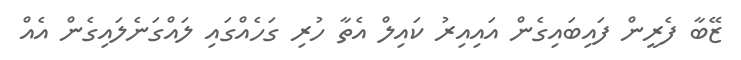
ޒޭބާ ފެރީން ފައިބައިގެން އައިއިރު ކައިލް އެތާ ހުރި ގަހެއްގައި ލައްގަނެލައިގެން އެއް